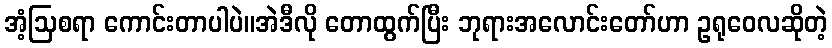
အံ့ဩစရာ ကောင်းတာပါပဲ။အဲဒီလို တောထွက်ပြီး ဘုရားအလောင်းတော်ဟာ ဥရုဝေလဆိုတဲ့